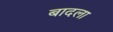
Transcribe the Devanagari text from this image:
बादला